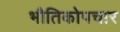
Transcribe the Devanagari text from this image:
भौतिकोपचार